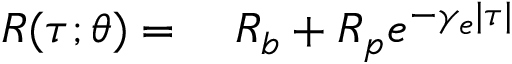
\begin{array} { r l } { R ( \tau ; \theta ) { } = { } } & { { } R _ { b } + R _ { p } e ^ { - \gamma _ { e } | \tau | } } \end{array}